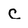
Character: C